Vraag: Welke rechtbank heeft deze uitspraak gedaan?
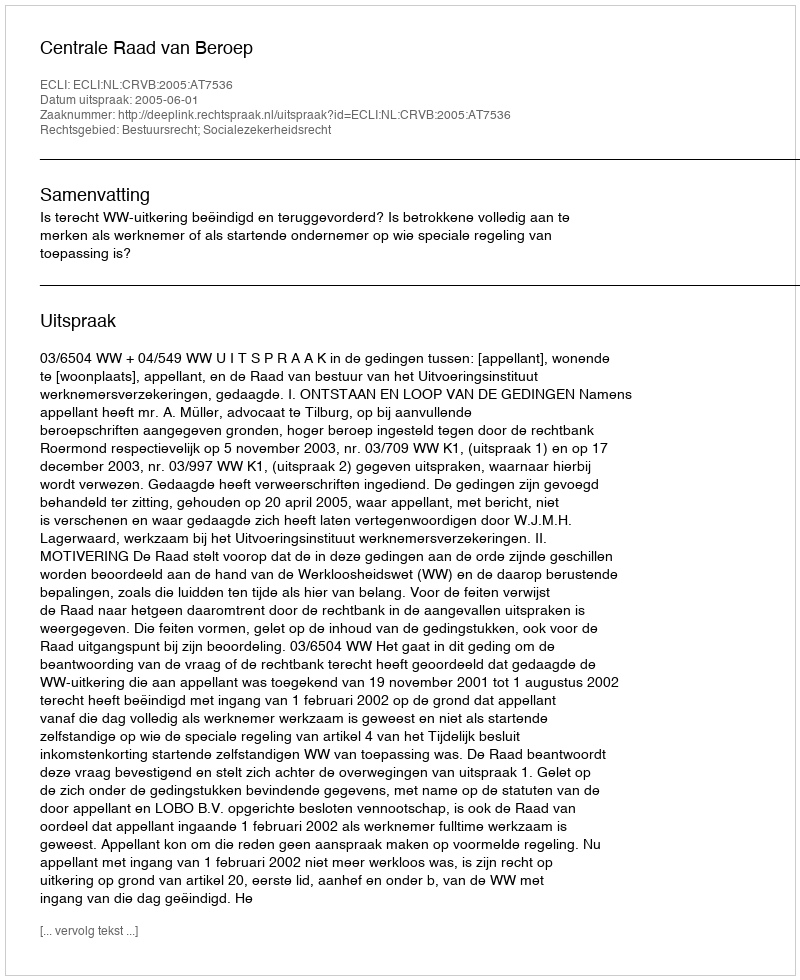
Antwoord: Centrale Raad van Beroep